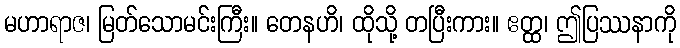
မဟာရာဇ၊ မြတ်သောမင်းကြီး။ တေနဟိ၊ ထိုသို့ တပြီးကား။ ဧတ္ထ၊ ဤပြဿနာကို